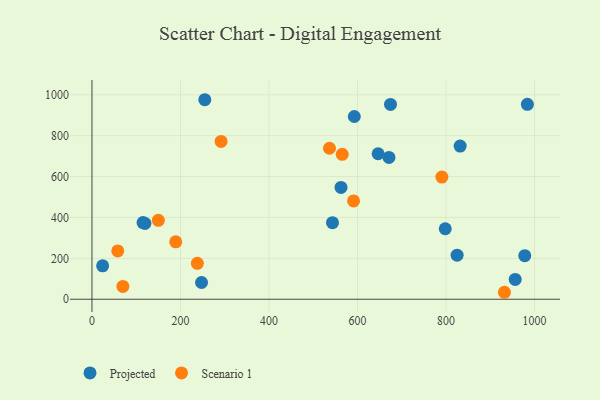
{"axis": {"x": "Price", "y": "Exam Score"}, "legend": ["Projected", "Scenario 1"], "data": [{"x": "956.4", "y": 96.8, "type": "Projected"}, {"x": "671.1", "y": 693.8, "type": "Projected"}, {"x": "24.1", "y": 163.6, "type": "Projected"}, {"x": "674.6", "y": 953.2, "type": "Projected"}, {"x": "543.5", "y": 374.3, "type": "Projected"}, {"x": "983.9", "y": 953.6, "type": "Projected"}, {"x": "115.4", "y": 375.2, "type": "Projected"}, {"x": "798.3", "y": 344.7, "type": "Projected"}, {"x": "255.0", "y": 976.0, "type": "Projected"}, {"x": "646.7", "y": 711.8, "type": "Projected"}, {"x": "978.0", "y": 213.2, "type": "Projected"}, {"x": "832.0", "y": 749.1, "type": "Projected"}, {"x": "825.1", "y": 215.6, "type": "Projected"}, {"x": "562.8", "y": 547.1, "type": "Projected"}, {"x": "119.7", "y": 370.8, "type": "Projected"}, {"x": "592.8", "y": 893.9, "type": "Projected"}, {"x": "247.6", "y": 81.7, "type": "Projected"}, {"x": "536.7", "y": 738.7, "type": "Scenario 1"}, {"x": "69.9", "y": 62.4, "type": "Scenario 1"}, {"x": "291.8", "y": 771.8, "type": "Scenario 1"}, {"x": "790.7", "y": 597.4, "type": "Scenario 1"}, {"x": "238.1", "y": 175.6, "type": "Scenario 1"}, {"x": "58.3", "y": 236.1, "type": "Scenario 1"}, {"x": "189.3", "y": 280.9, "type": "Scenario 1"}, {"x": "591.1", "y": 481.1, "type": "Scenario 1"}, {"x": "565.5", "y": 709.0, "type": "Scenario 1"}, {"x": "932.1", "y": 34.0, "type": "Scenario 1"}, {"x": "150.0", "y": 385.8, "type": "Scenario 1"}]}